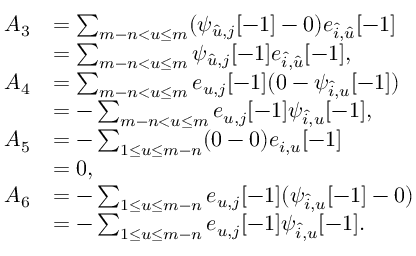
\begin{array} { r l } { A _ { 3 } } & { = \sum _ { m - n < u \leq m } ( \psi _ { \hat { u } , j } [ - 1 ] - 0 ) e _ { \hat { i } , \hat { u } } [ - 1 ] } \\ & { = \sum _ { m - n < u \leq m } \psi _ { \hat { u } , j } [ - 1 ] e _ { \hat { i } , \hat { u } } [ - 1 ] , } \\ { A _ { 4 } } & { = \sum _ { m - n < u \leq m } e _ { u , j } [ - 1 ] ( 0 - \psi _ { \hat { i } , u } [ - 1 ] ) } \\ & { = - \sum _ { m - n < u \leq m } e _ { u , j } [ - 1 ] \psi _ { \hat { i } , u } [ - 1 ] , } \\ { A _ { 5 } } & { = - \sum _ { 1 \leq u \leq m - n } ( 0 - 0 ) e _ { i , u } [ - 1 ] } \\ & { = 0 , } \\ { A _ { 6 } } & { = - \sum _ { 1 \leq u \leq m - n } e _ { u , j } [ - 1 ] ( \psi _ { \hat { i } , u } [ - 1 ] - 0 ) } \\ & { = - \sum _ { 1 \leq u \leq m - n } e _ { u , j } [ - 1 ] \psi _ { \hat { i } , u } [ - 1 ] . } \end{array}